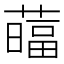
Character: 䕎